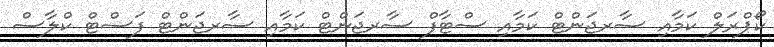
ކޯޕްރަލް ކަމާއި ސާރޖަންޓް ކަމާއި ސްޓާފް ސާރޖަންޓް ކަމާއި ސާރޖަންޓް ފަސްޓް ކްލާސް